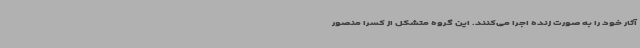
آثار خود را به صورت زنده اجرا می‌کنند. این گروه متشکل از کسرا منصور